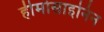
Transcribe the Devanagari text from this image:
हीमोसाइनिन